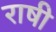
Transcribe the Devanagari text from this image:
राषी